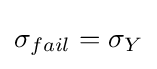
\sigma _{fail}=\sigma _{Y}